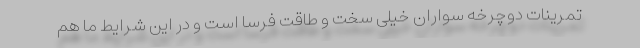
تمرینات دوچرخه سواران خیلی سخت و طاقت فرسا است و در این شرایط ما هم